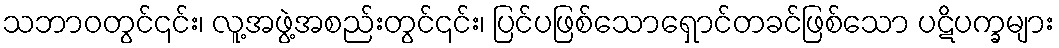
သဘာဝတွင်၎င်း၊ လူ့အဖွဲ့အစည်းတွင်၎င်း၊ ပြင်ပဖြစ်သောရှောင်တခင်ဖြစ်သော ပဋိပက္ခများ